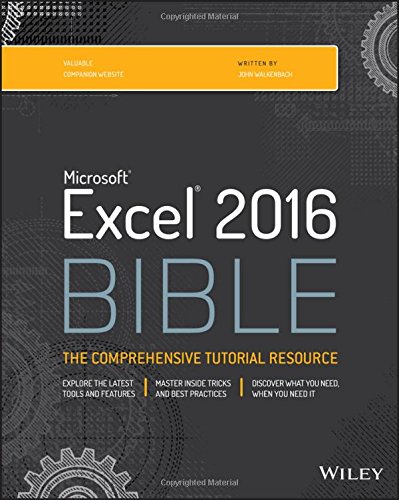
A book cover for Excel 2016 Bible; John Walkenbach; Computers & Technology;